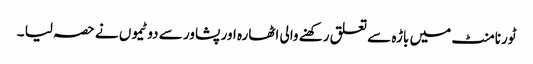
ٹورنامنٹ میں باڑہ سے تعلق رکھنے والی اٹھارہ اور پشاور سے دو ٹیموں نے حصہ لیا ۔